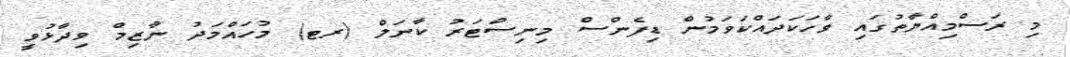
މި ރަސްމިއްޔާތުގައި ވާހަކަދައްކަވަމުން ޑިފެންސް މިނިސްޓަރު ކާނަލް (ރޓ) މުހައްމަދު ނާޒިމް ވިދާޅުވީ